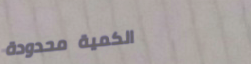
الكمية محدودة